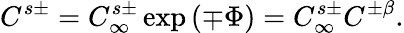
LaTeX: C^{s\pm}=C_{\infty}^{s\pm}\exp\left(\mp\Phi\right)=C_{\infty}^{s\pm}C^{\pm\beta}.